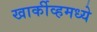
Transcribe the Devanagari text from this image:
खार्कीव्हमध्ये